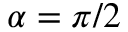
\alpha = \pi / 2